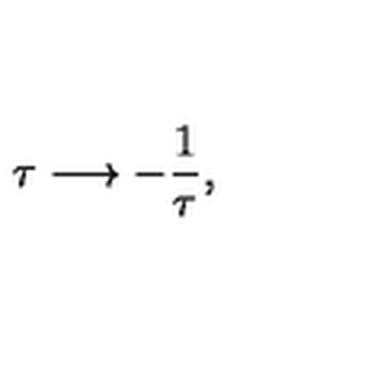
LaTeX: \tau \longrightarrow - \frac { 1 } { \tau } ,